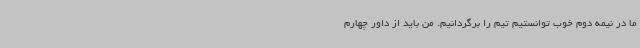
ما در نیمه دوم خوب توانستیم تیم را برگردانیم. من باید از داور چهارم